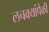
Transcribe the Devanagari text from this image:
लचक्यांपैकी